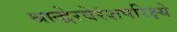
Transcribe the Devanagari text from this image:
श्राद्धेरवेरंशपरिक्ष्ये